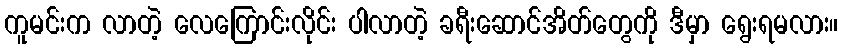
ကူမင်းက လာတဲ့ လေကြောင်းလိုင်း ပါလာတဲ့ ခရီးဆောင်အိတ်တွေကို ဒီမှာ ရွေးရမလား။